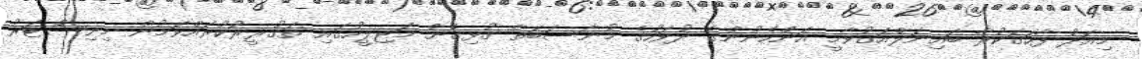
މިއަދު ފާހަގަކުރާ ބައިނަލްއަގުވާމީ އަންހެނުންގެ ދުވަހުގެ މުނާސަބަތާ ގުޅިގެން މަޖިލީހުގައި ތަގުރީރުކުރައްވަމުން މިނިސްޓަރު